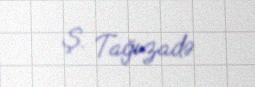
Ş. Tağızadə